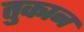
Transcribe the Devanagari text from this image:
तुकान